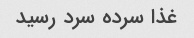
غذا سرده سرد رسید